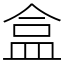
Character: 盒